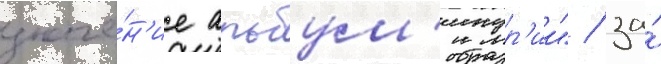
значе́н'ие альбум'инур'ии" / за́